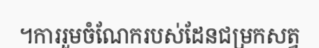
។ការរួមចំណែករបស់ដែនជម្រកសត្វ